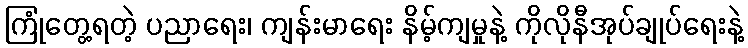
ကြုံတွေ့ရတဲ့ ပညာရေး၊ ကျန်းမာရေး နိမ့်ကျမှုနဲ့ ကိုလိုနီအုပ်ချုပ်ရေးနဲ့